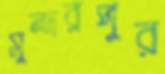
সুন্দরপুর